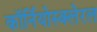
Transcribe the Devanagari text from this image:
कॉर्नियोस्क्लेरल